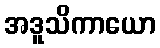
အဒူသိကာယော